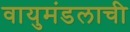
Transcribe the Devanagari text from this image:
वायुमंडलाची